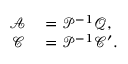
\begin{array} { r l } { \mathcal { A } } & { { } = \mathcal { P } ^ { - 1 } \mathcal { Q } , } \\ { \mathcal { C } } & { { } = \mathcal { P } ^ { - 1 } \mathcal { C } ^ { \prime } . } \end{array}